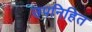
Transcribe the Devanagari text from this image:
उपनिहित